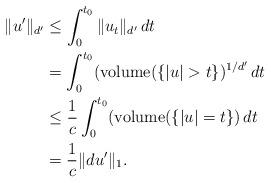
LaTeX: \begin{align*}\|u'\|_{d'}&\leq \int_{0}^{t_0}\|u_t\|_{d'}\,dt\\&= \int_{0}^{t_0}(\mathrm{volume}(\{|u|>t\})^{1/d'}\,dt\\&\leq \frac{1}{c}\int_{0}^{t_0}(\mathrm{volume}(\{|u|=t\})\,dt\\&= \frac{1}{c}\|du'\|_1.\end{align*}